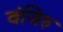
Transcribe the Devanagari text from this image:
वंजिरु